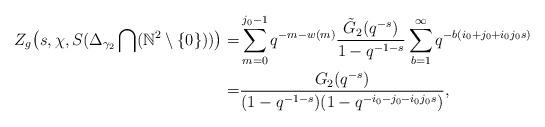
LaTeX: \begin{align*}Z_g\big(s, \chi, S(\Delta_{\gamma_2}\bigcap(\mathbb{N}^2\setminus \{0\}))\big)=&\sum_{m=0}^{j_0-1}q^{-m-w(m)}\dfrac{\tilde{G}_2(q^{-s})}{1-q^{-1-s}}\sum_{b=1}^{\infty}q^{-b(i_0+j_0+i_0j_0s)}\\=&\dfrac{G_2(q^{-s})}{(1-q^{-1-s})(1-q^{-i_0-j_0-i_0j_0s})},\end{align*}